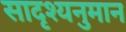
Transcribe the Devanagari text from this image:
सादृश्यनुमान